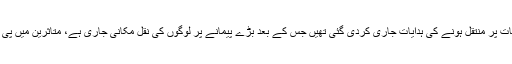
چمن سے ملحقہ سرحدی دیہاتوں کی آبادی کو گزشتہ روز ہی محفوظ مقامات پر منتقل ہونے کی ہدایات جاری کردی گئی تھیں جس کے بعد بڑے پیمانے پر لوگوں کی نقل مکانی جاری ہے، متاثرین میں پی ڈی ایم اے بلوچستان کی جانب سے امدادی سامان بھی تقسیم کیا جارہا ہے۔